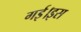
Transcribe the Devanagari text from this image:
गई।इस